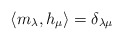
\begin{align*} \langle m_{\lambda},h_{\mu}\rangle =\delta_{\lambda\mu}\end{align*}